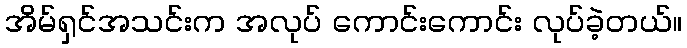
အိမ်ရှင်အသင်းက အလုပ် ကောင်းကောင်း လုပ်ခဲ့တယ်။